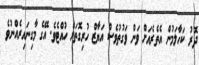
ދޮރު ކަހާލަމުން އެތެރެއަށް ވަން ވަގުތުވެސް އަޔާޒް ހުރިގޮތަށް ހުއްޓެވެ. އޭގެ މާގިނައިރެއްނުވެ